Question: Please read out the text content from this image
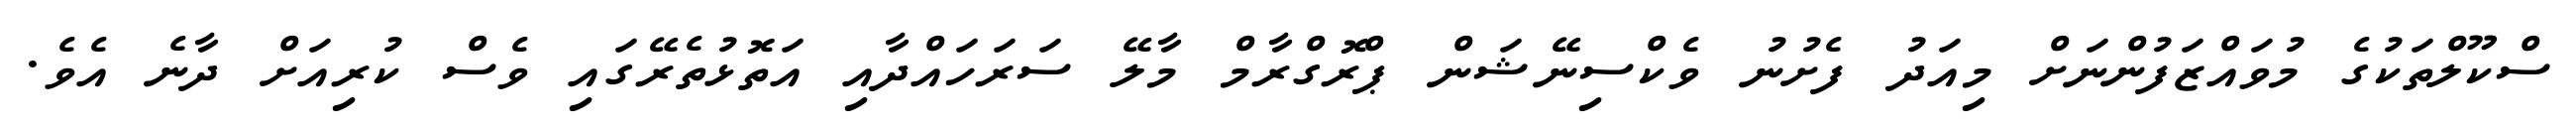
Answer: ސްކޫލްތަކުގެ މުވައްޒަފުންނަށް މިއަދު ފެށުނު ވެކްސިނޭޝަން ޕްރޮގްރާމް މާލޭ ސަރަހައްދާއި އަތޮޅުތެރޭގައި ވެސް ކުރިއަށް ދާނެ އެވެ.